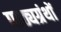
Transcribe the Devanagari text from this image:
पाठ्यग्रंथों